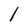
Character: l